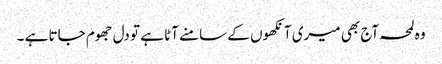
وہ لمحہ آج بھی میری آنکھوں کے سامنے آٹا ہے تو دل جھوم جاتا ہے ۔